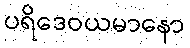
ပရိဒေဝယမာနော